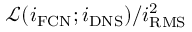
\mathcal { L } ( { i } _ { \mathrm { F C N } } ; { i } _ { \mathrm { D N S } } ) / i _ { \mathrm { R M S } } ^ { 2 }